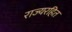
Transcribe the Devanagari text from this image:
राज्यरहित